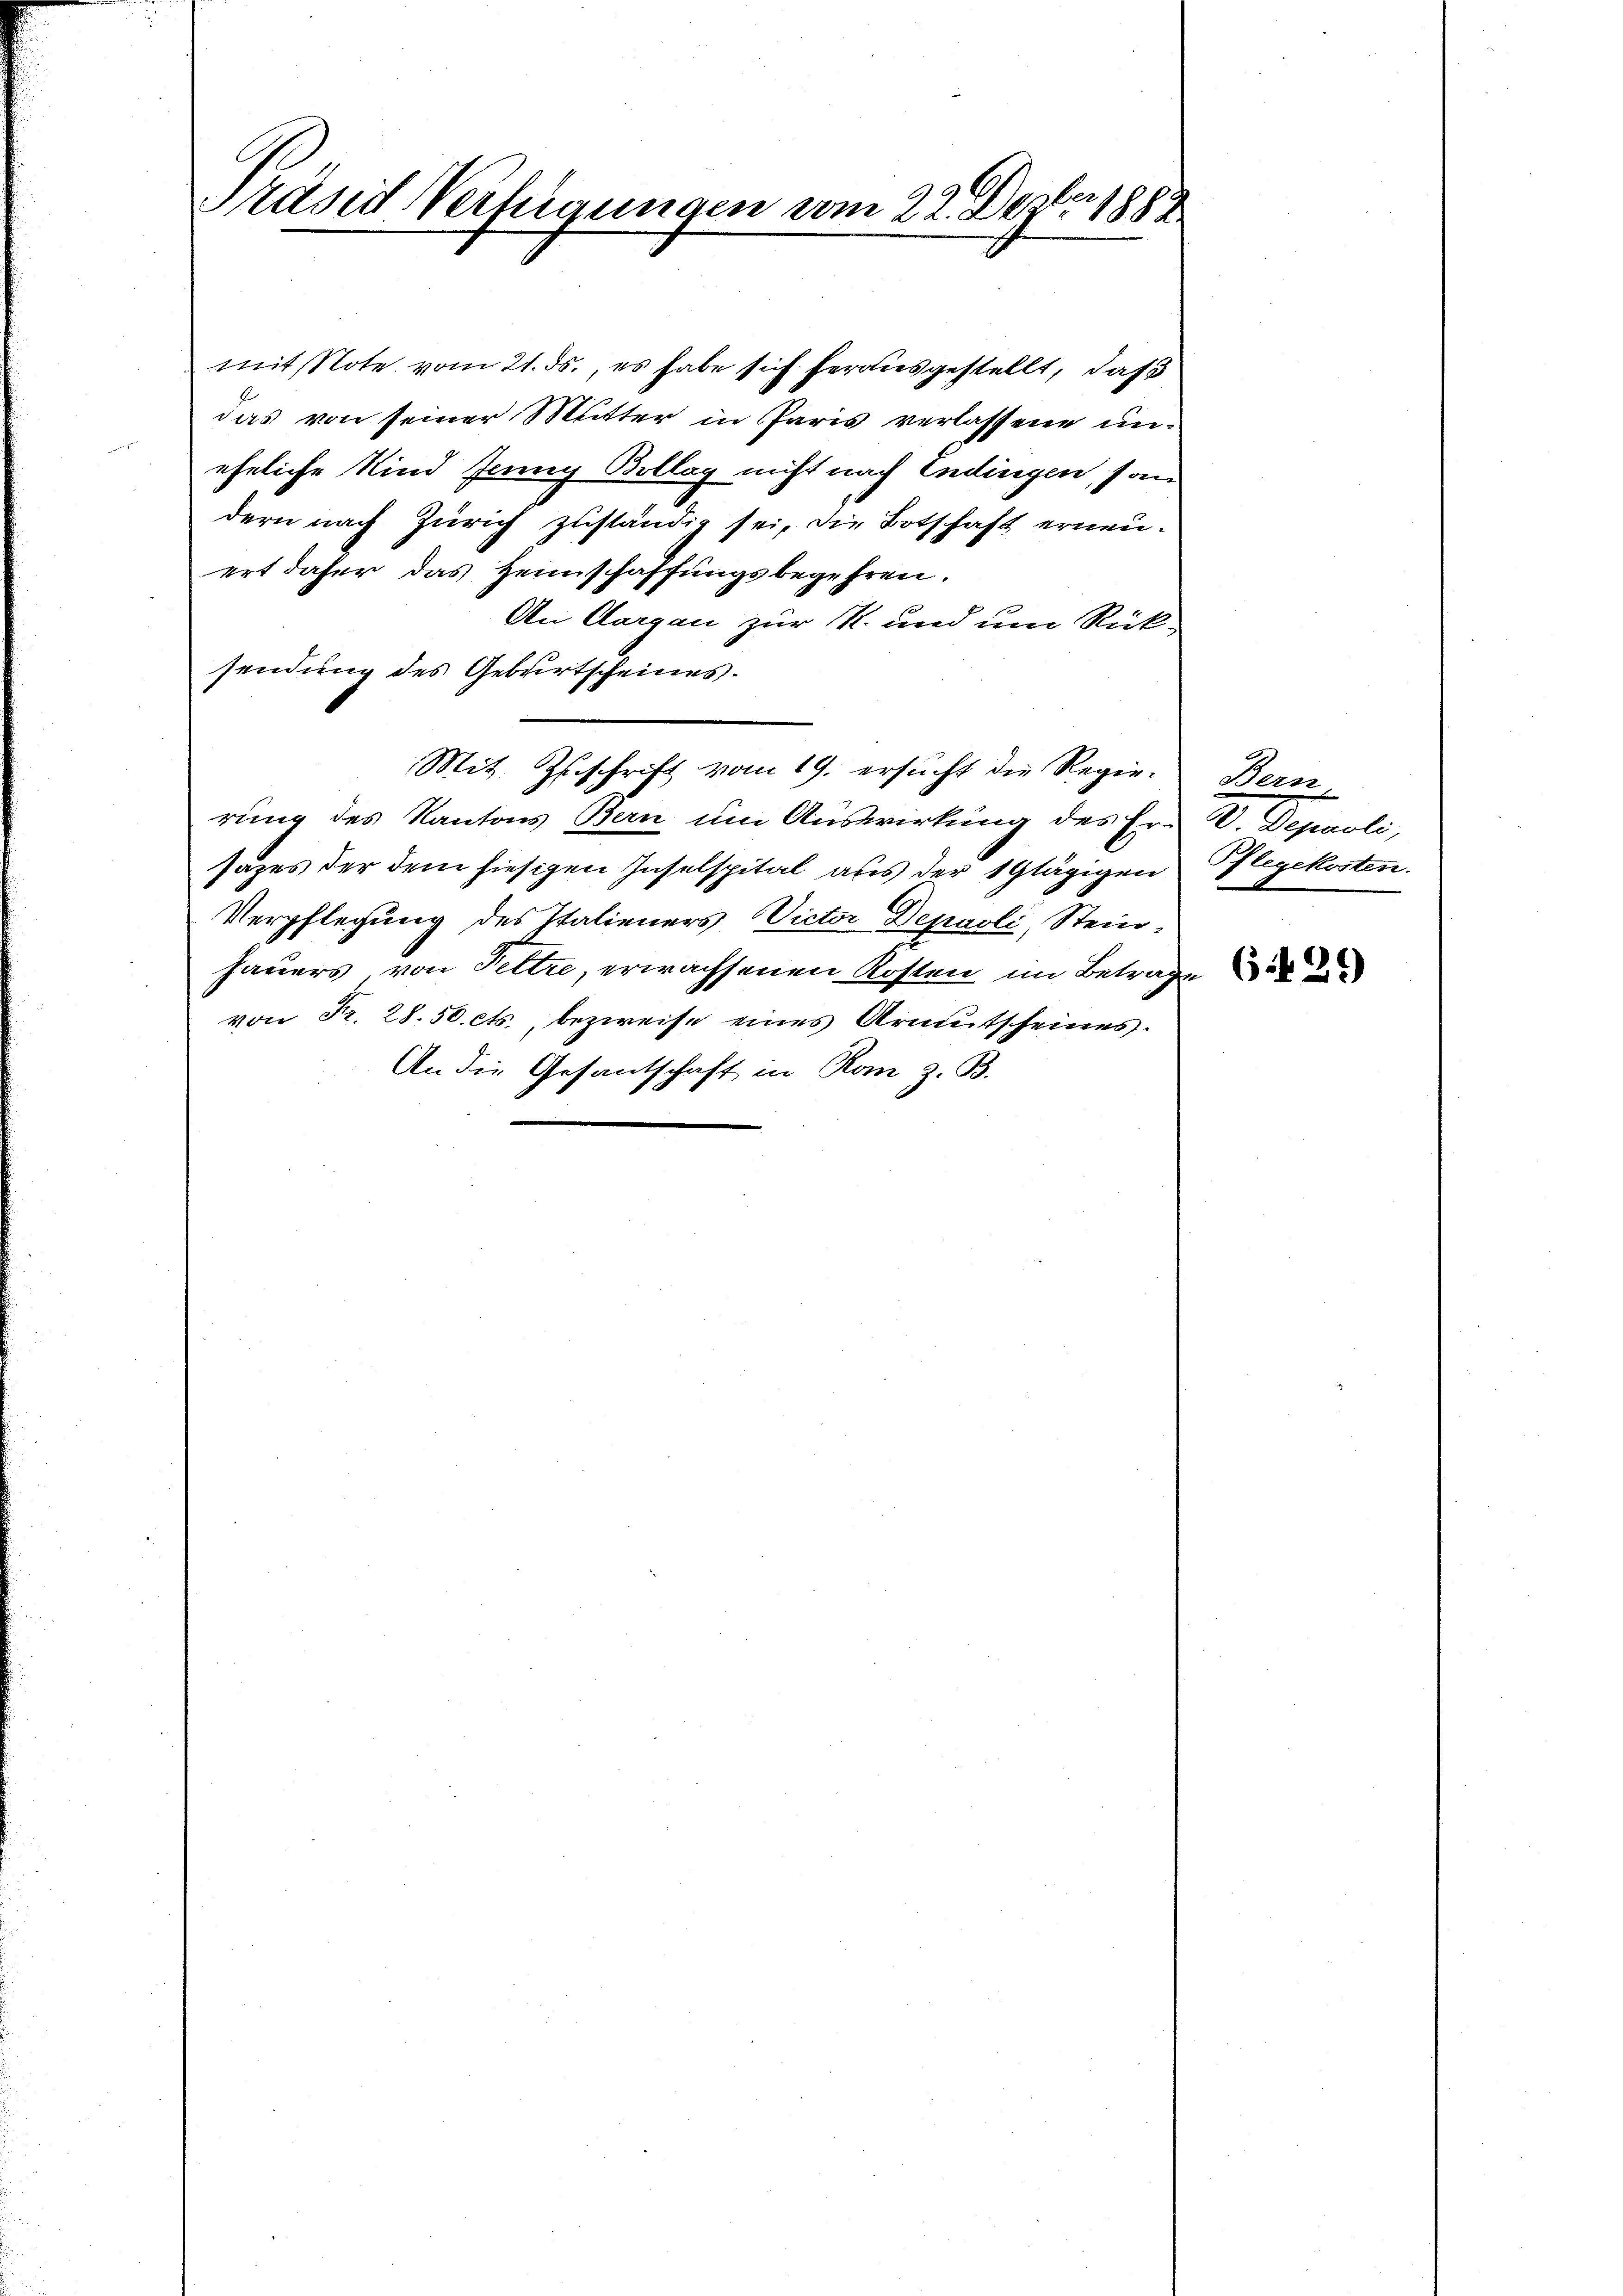
Präsid Verfügungen vom 22. Dezber. 1882

mit Note vom 21. ds., es habe sich herausgestellt, daß
das von seiner Mutter in Paris verlassene un-
eheliche Kind Jenny Bollag nicht nach Endingen, son
dern nach Zürich zuständig sei, die Botschaft erneuert daher das Heimschaffungsbegehren.
An Aargau zur K. und um Rück-
sendung des Geburtscheines.
Mit Zuschrift vom 19. ersŭcht die Regie-Bern
rung des Kantons Bern um Auswirkung des Er V. Depooli,
sazes der dem hiesigen Inselspital aus der 1 Glägigen legekosten.
Verpflegung des Italieners Victor Depaoli, Steinhauers von Seltze, erwachsenen Kosten im Betrage
von Fr. 28.50 cts., bezweife eines Armutscheines.
An die Gesantschaft in Rom z. B.